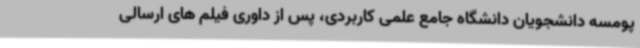
پومسه دانشجویان دانشگاه جامع علمی کاربردی، پس از داوری فیلم های ارسالی